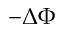
- \Delta \Phi